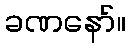
ခဏနော်။